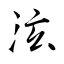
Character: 泫